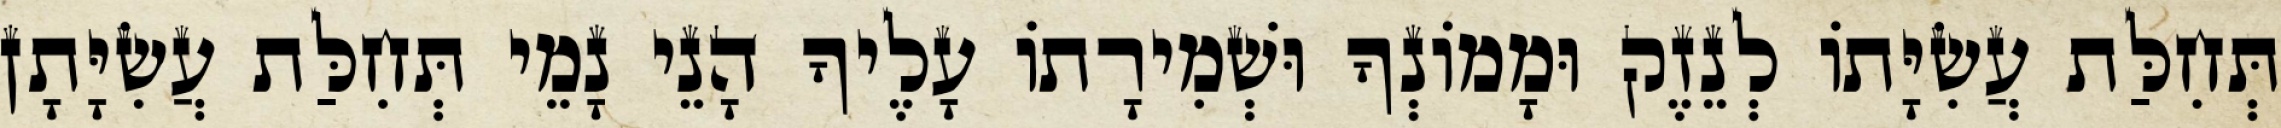
תְּחִלַּת עֲשִׂיָּתוֹ לְנֵזֶק וּמָמוֹנְךָ וּשְׁמִירָתוֹ עָלֶיךָ הָנֵי נָמֵי תְּחִלַּת עֲשִׂיָּתָן